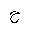
Letter: _ha